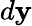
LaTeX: d\mathbf{y}